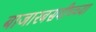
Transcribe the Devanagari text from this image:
बाजारबसवीच्च्या